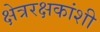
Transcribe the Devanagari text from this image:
क्षेत्ररक्षकांशी